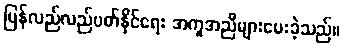
ပြန်လည်လည်ပတ်နိုင်ရေး အကူအညီများပေးခဲ့သည်။